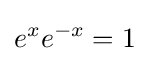
e^{x}e^{-x}=1